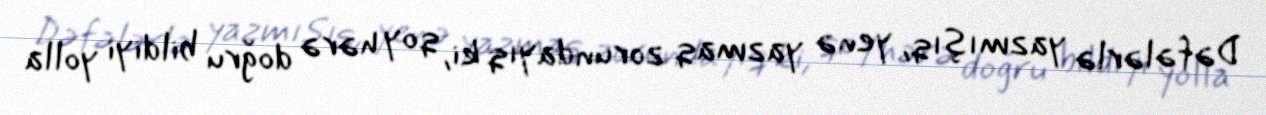
Dəfələrlə yazmışıq, yenə yazmaq zorundayıq ki, qoy hərə doğru bildiyi yolla